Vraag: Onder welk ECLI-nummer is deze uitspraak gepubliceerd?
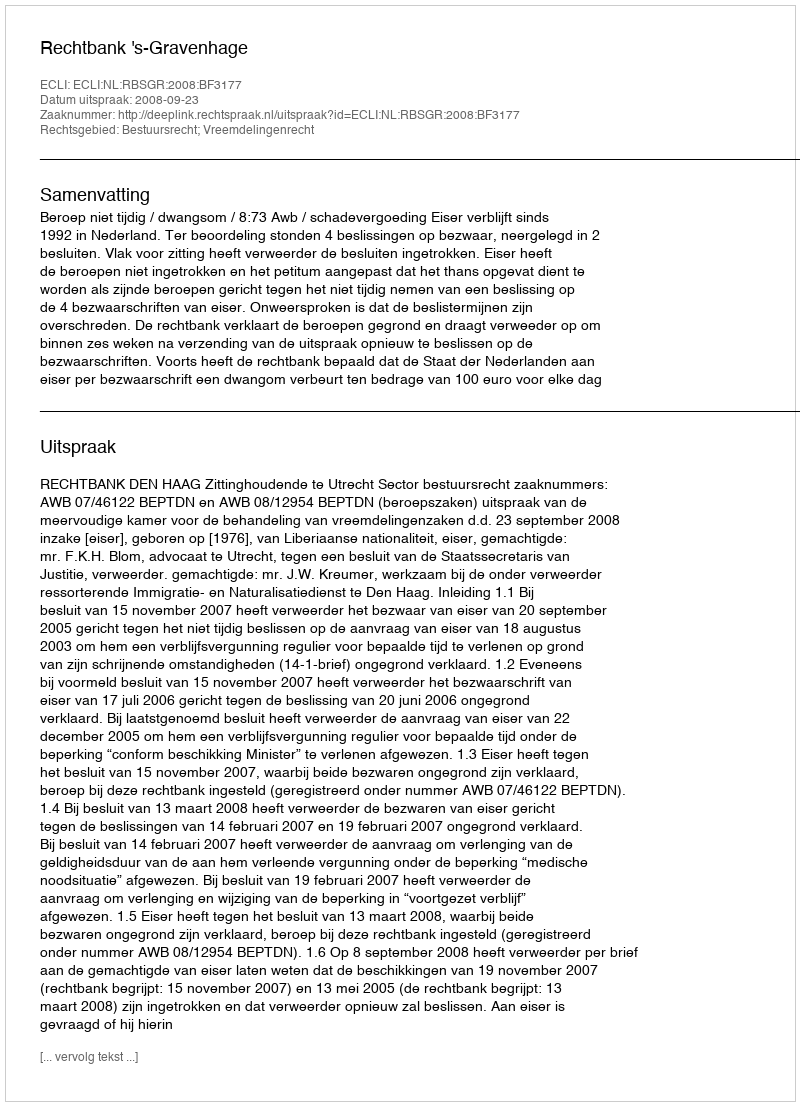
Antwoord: ECLI:NL:RBSGR:2008:BF3177